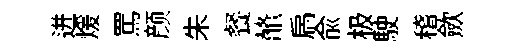
迸煖罵颜朱餐鼇扄兪极駛稽歛